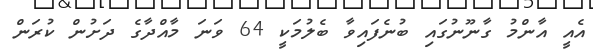
އެއީ އާންމު ގާނޫނުގައި ބުނެފައިވާ ބެލުމަކީ 64 ވަނަ މާއްދާގެ ދަށުން ކުރަން